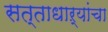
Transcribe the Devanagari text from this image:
सत्ताधाऱ्यांचा